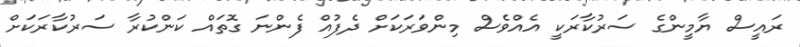
ރައީސް ޔާމީންގެ ސަރުކާރަކީ އެއްވެސް މިންވަރަކަށް ދެފުއް ފެންނަ ގޮތައް ކަންކުރާ ސަރުކާރަކަށް